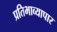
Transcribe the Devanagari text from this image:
प्रतिभाव्यापार